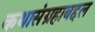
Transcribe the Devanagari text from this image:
कथासंग्रहाबद्दल